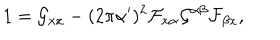
1 = \mathcal { G } _ { x x } - ( 2 \pi \alpha ^ { \prime } ) ^ { 2 } \mathcal { F } _ { x \alpha } \mathcal { G } ^ { \alpha \beta } \mathcal { F } _ { \beta x } ,